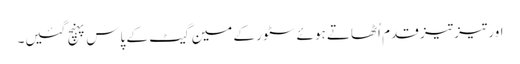
اور تیز تیز قدم اُٹھاتے ہوئے سٹور کے مین گیٹ کے پاس پہنچ گئیں۔